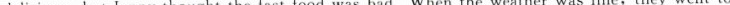
delicious,but Jenny thought the fast food was bad. When the weather was fine,they went to